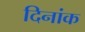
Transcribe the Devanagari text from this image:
दिनांक